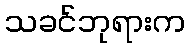
သခင်ဘုရားက